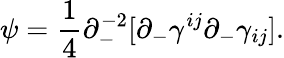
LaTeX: \psi=\frac{1}{4}\partial_{-}^{-2}[\partial_{-}\gamma^{ij}\partial_{-}\gamma_{ij}].